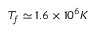
T _ { f } \simeq 1 . 6 \times 1 0 ^ { 6 } K